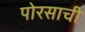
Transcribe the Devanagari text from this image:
पोरसाची